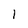
Character: l